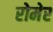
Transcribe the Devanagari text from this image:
रोमेर